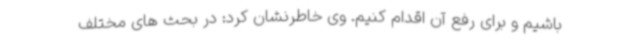
باشیم و برای رفع آن اقدام کنیم. وی خاطرنشان کرد: در بحث های مختلف